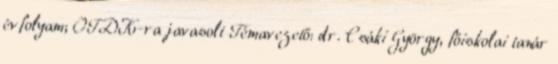
évfolyam; OTDK-ra javasolt Témavezető: dr. Csáki György, főiskolai tanár